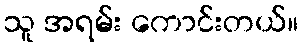
သူ အရမ်း ကောင်းတယ်။